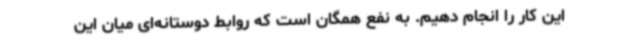
این کار را انجام دهیم. به نفع همگان است که روابط دوستانه‌ای میان این